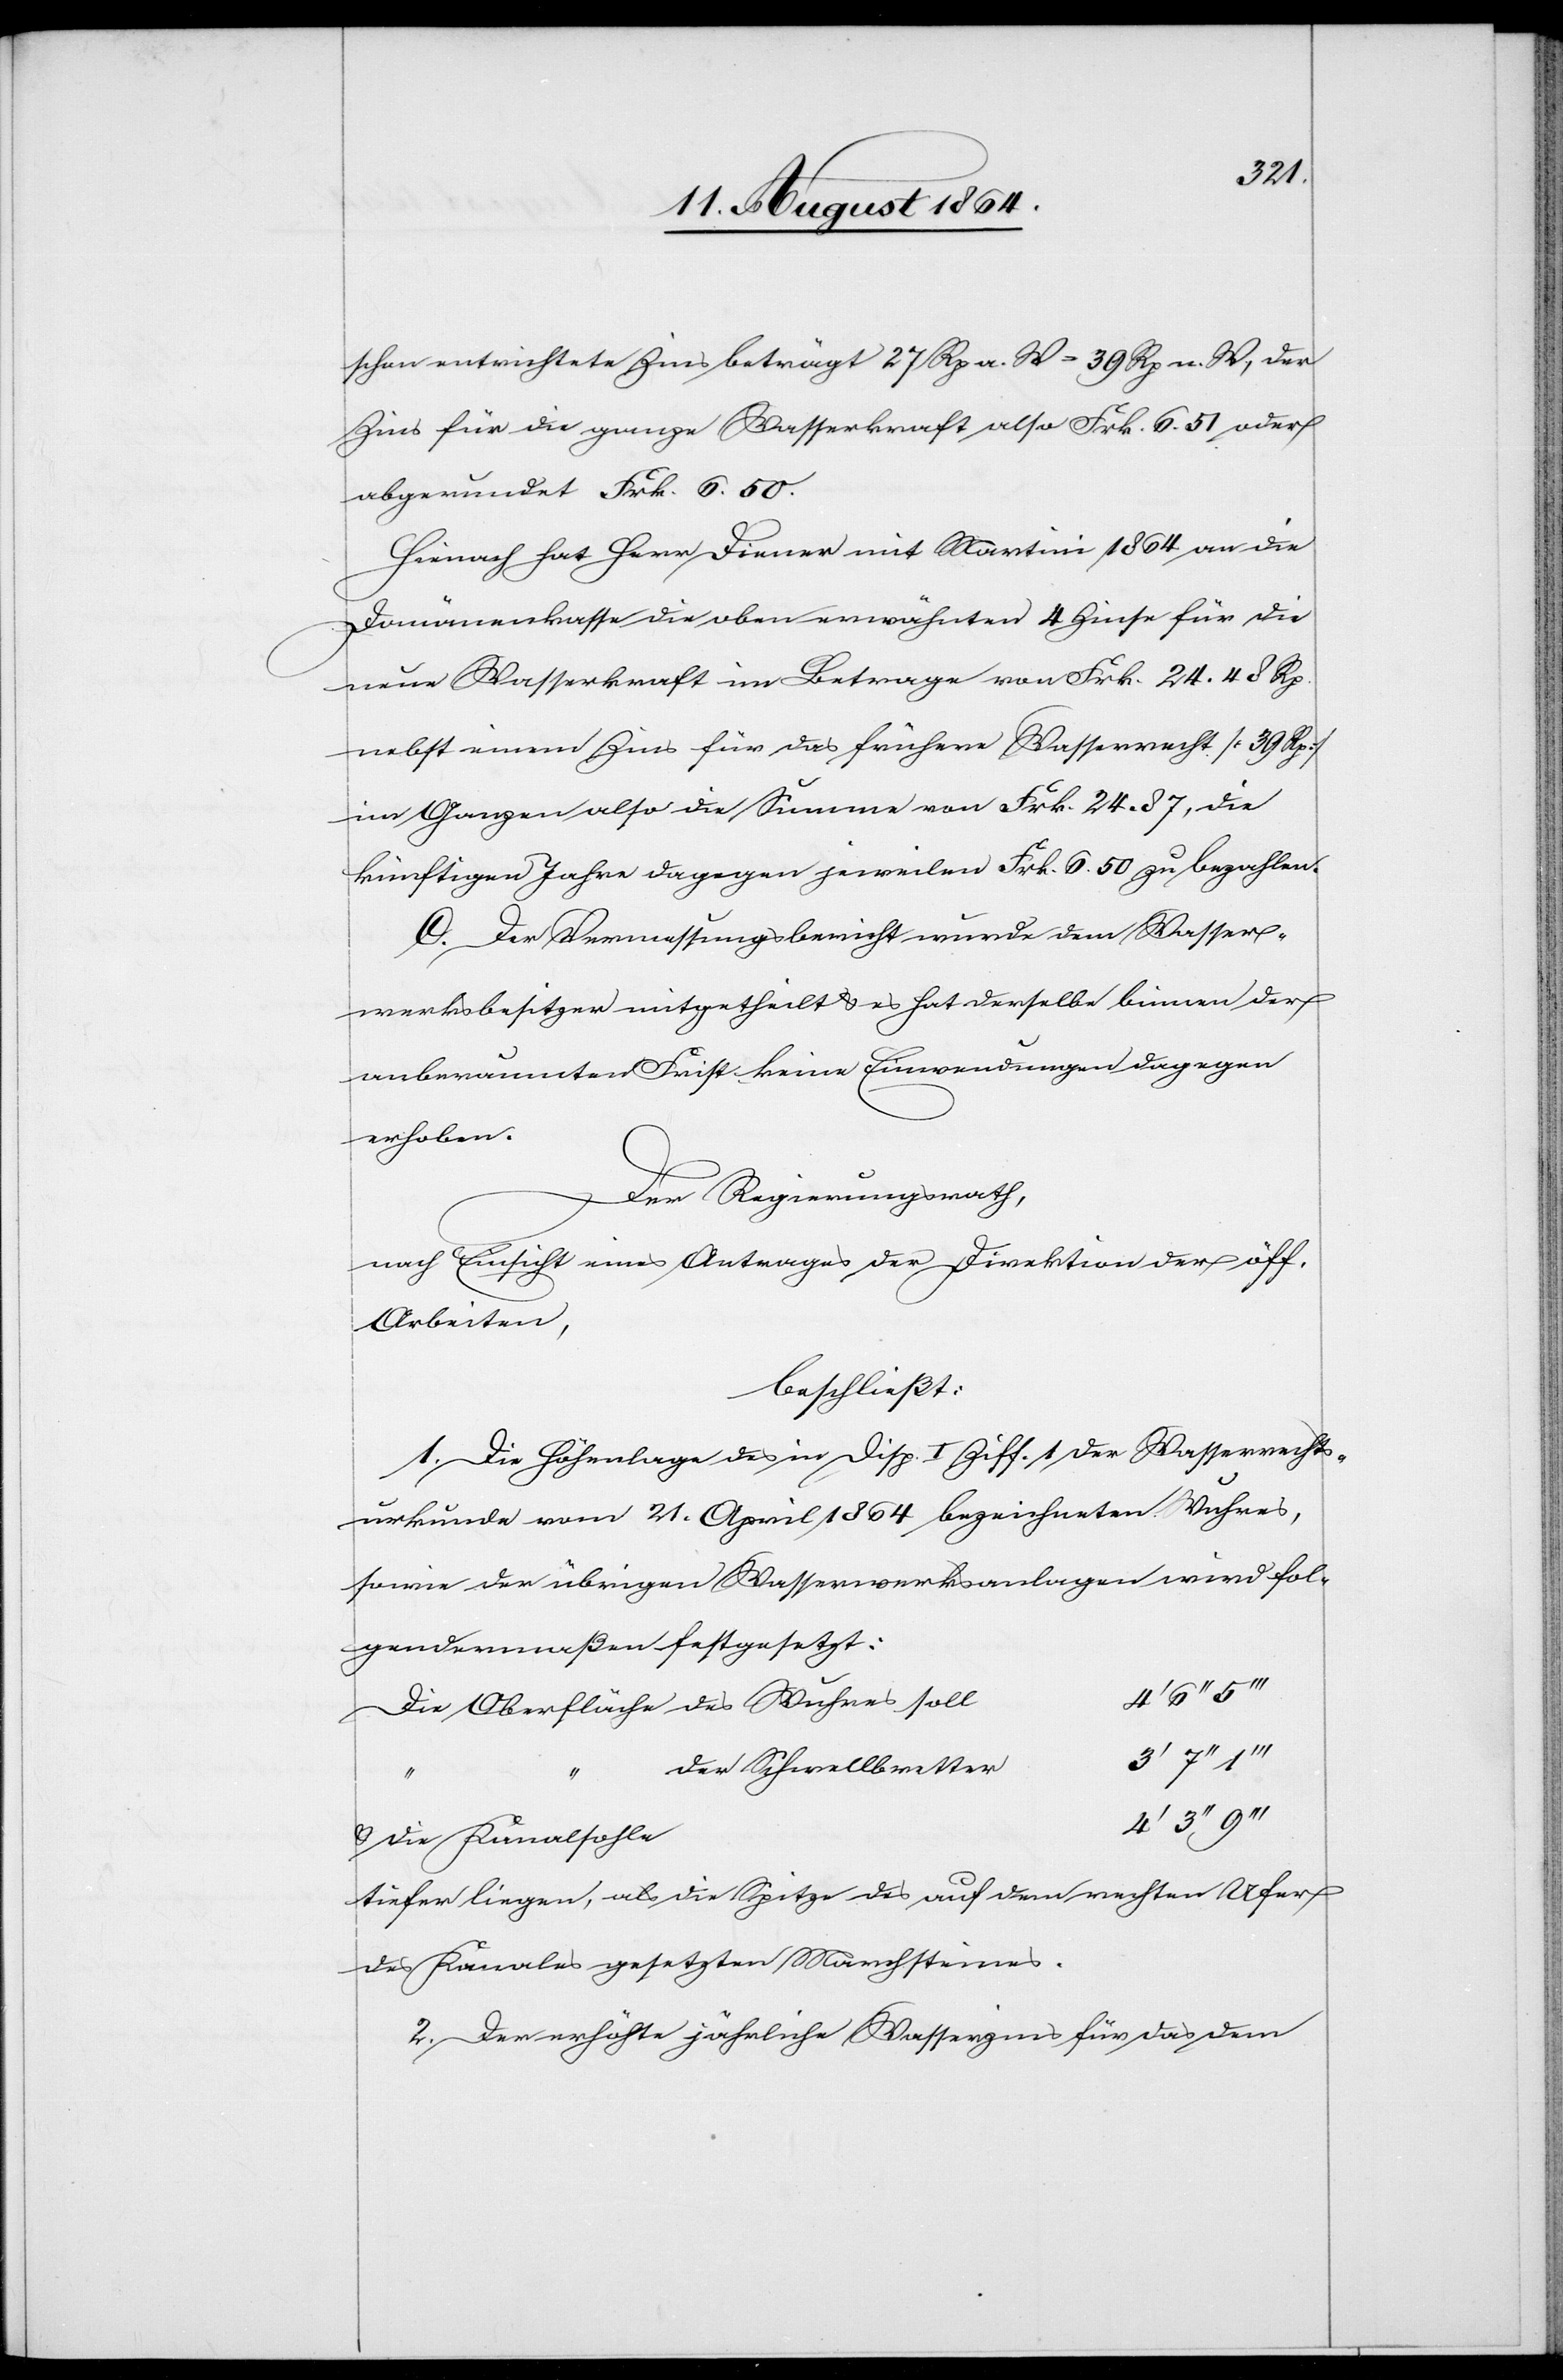
e		4’
schon entrichtete Zins beträgt 27 Rp. a. W. = 39 Rp. a. W., der
Zins für die ganze Wasserkraft also Frk. 6.51 oder
abgerundet Frk. 6.50.
Hienach hat Herr Diener mit Martini 1864 an die
Domänenkasse die oben erwähnten 4 Zinse für die
neue Wasserkraft im Betrage von Frk. 24.48 Rp.
nebst einem Zins für das frühere Wasserrecht [39 Rp.]
im Ganzen also die Summe von Frk. 24.87, die
künftigen Jahre dagegen jeweilen Frk. 6.50 zu bezahlen.
C. Der Vermessungsbericht wurde dem Wasser¬
werksbesitzer mitgetheilt & es hat derselbe binnen der
anberaumten Frist keine Einwendungen dagegen
erhoben.
Der Regierungsrath,
nach Einsicht eines Antrages der Direktion der öff.
Arbeiten,
beschließt:
1. Die Höhenlage des in Disp. I Ziff. 1 der Wasserrechts¬
urkunde vom 21. April 1864 bezeichneten Wuhres,
sowie der übrigen Wasserwerksanlagen wird fol¬
gendermaßen festgesetzt:
Die Oberfläche des Wuhres soll	4’
der Schwellbretter	3’
& die Kanalsohl¬
tiefer liegen, als die Spitze des auf dem rechten Ufer
des Kanales gesetzten Marchsteines.
2. Der erhöhte jährliche Wasserzins für das dem